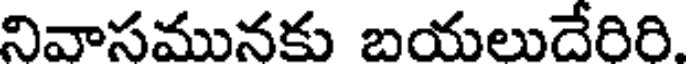
నివాసమునకు బయలుదేరిరి